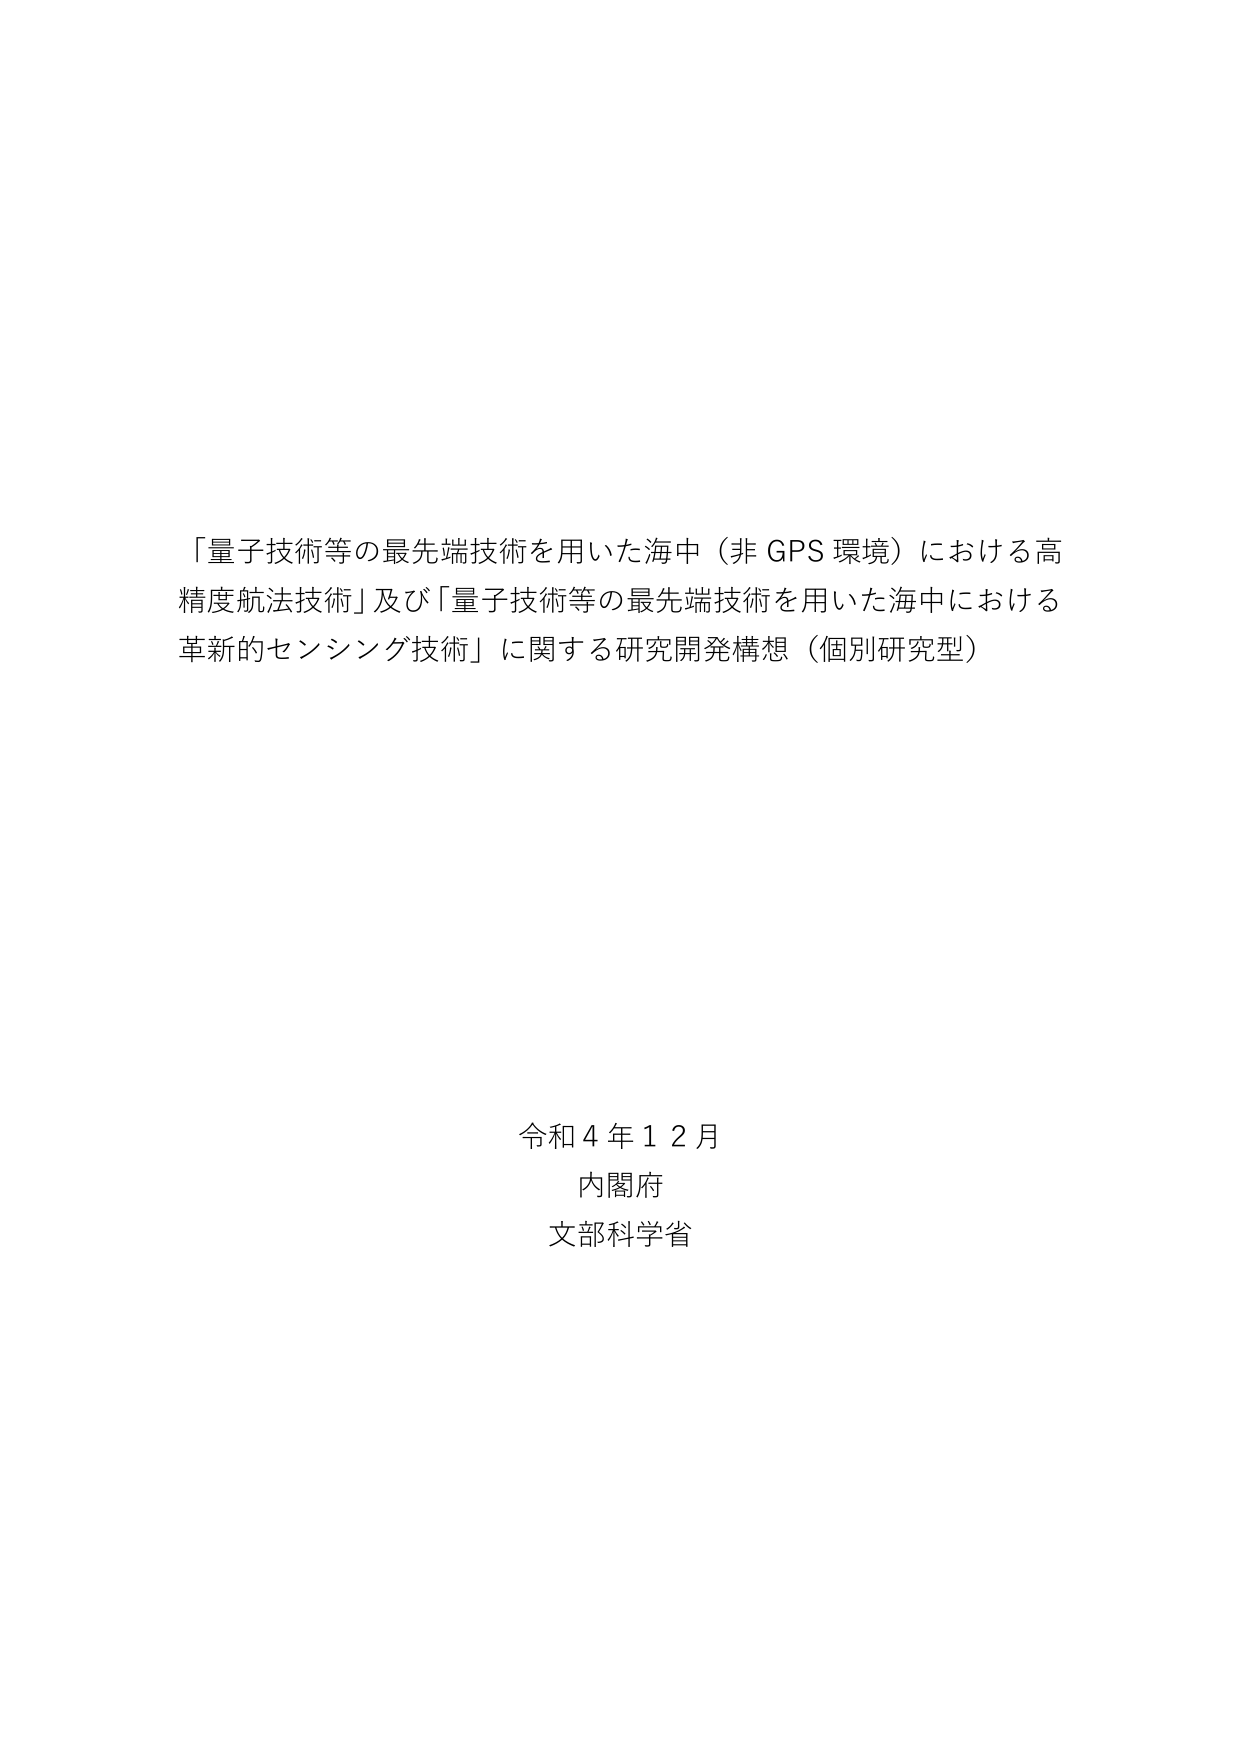
「量子技術等の最先端技術を用いた海中（非 GPS 環境）における高精度航法技術」及び「量子技術等の最先端技術を用いた海中における革新的センシング技術」に関する研究開発構想（個別研究型）

令和４年１２月
内閣府
文部科学省